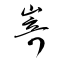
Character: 嵜